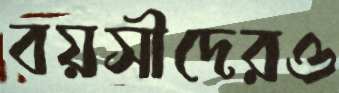
বয়সীদেরও